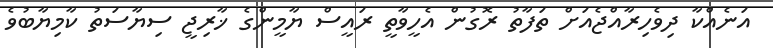
އަނެއްކާ ދިވެހިރާއްޖެއަށް ތަފާތު ރޮގުން އެހީވާތީ ރައީސް ޔާމީންގެ ޚާރިޖީ ސިޔާސަތު ކާމިޔާބުވެ